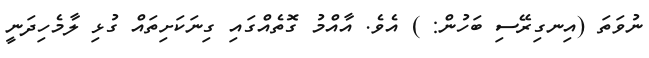
ނުވަތަ (އިނގިރޭސި ބަހުން: ) އެވެ. އާއްމު ގޮތެއްގައި ގިނަކަށިތައް ގުޅި ލާމެހިދަނީ